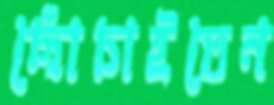
ছোঁচাইতেন